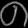
Digit: ၈